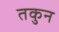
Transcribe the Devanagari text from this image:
तकुन